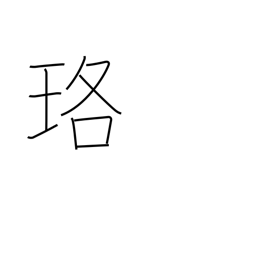
Meaning: necklace